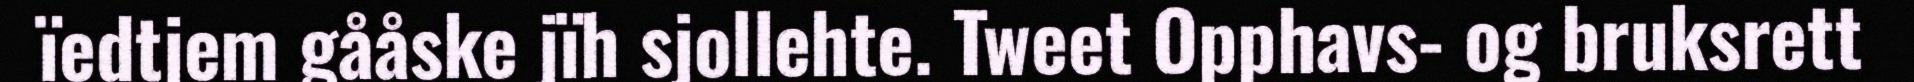
ïedtjem gååske jïh sjollehte. Tweet Opphavs- og bruksrett